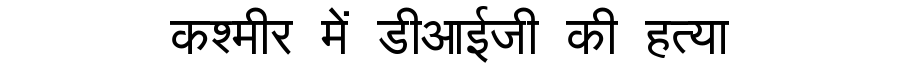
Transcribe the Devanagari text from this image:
कश्मीर में डीआईजी की हत्या